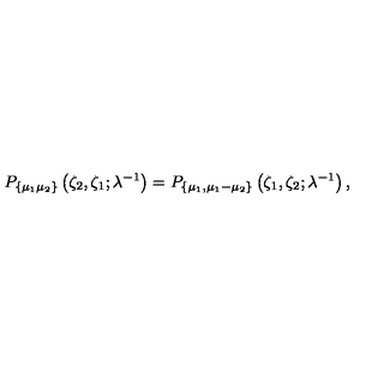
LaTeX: P _ { \{ \mu _ { 1 } \mu _ { 2 } \} } \left( \zeta _ { 2 } , \zeta _ { 1 } ; \lambda ^ { - 1 } \right) = P _ { \{ \mu _ { 1 } , \mu _ { 1 } - \mu _ { 2 } \} } \left( \zeta _ { 1 } , \zeta _ { 2 } ; \lambda ^ { - 1 } \right) ,